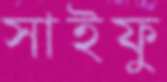
সাইফু